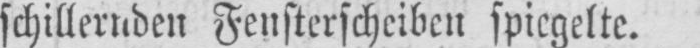
schillernden Fensterscheiben spiegelte.